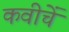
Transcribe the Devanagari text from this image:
कवीचें